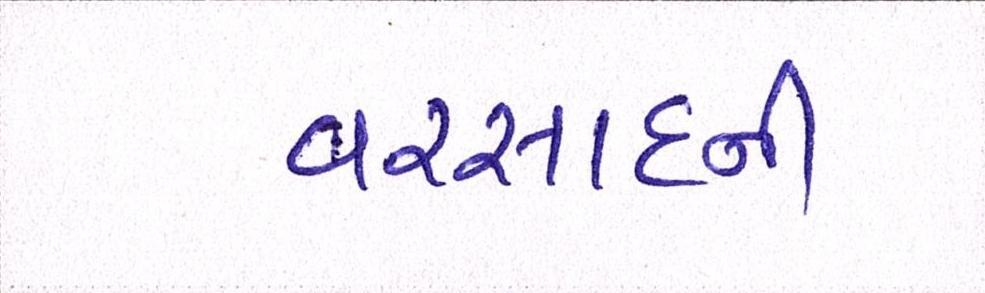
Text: વરસાદની